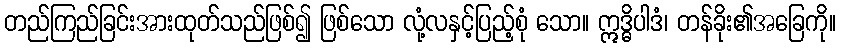
တည်ကြည်ခြင်းအားထုတ်သည်ဖြစ်၍ ဖြစ်သော လုံ့လနှင့်ပြည့်စုံ သော။ ဣဒ္ဓိပါဒံ၊ တန်ခိုး၏အခြေကို။